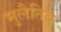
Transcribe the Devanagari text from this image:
मुलैतिवु